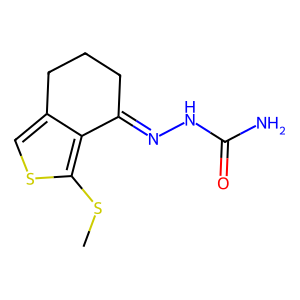
SMILES: CSc1scc2c1C(=NNC(N)=O)CCC2
Inhibits HIV replication: No